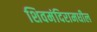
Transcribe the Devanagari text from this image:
शिवमंदिरामधील